Vaccination in the Punjab 1919-1929 - 1919-1929
Year: 1919
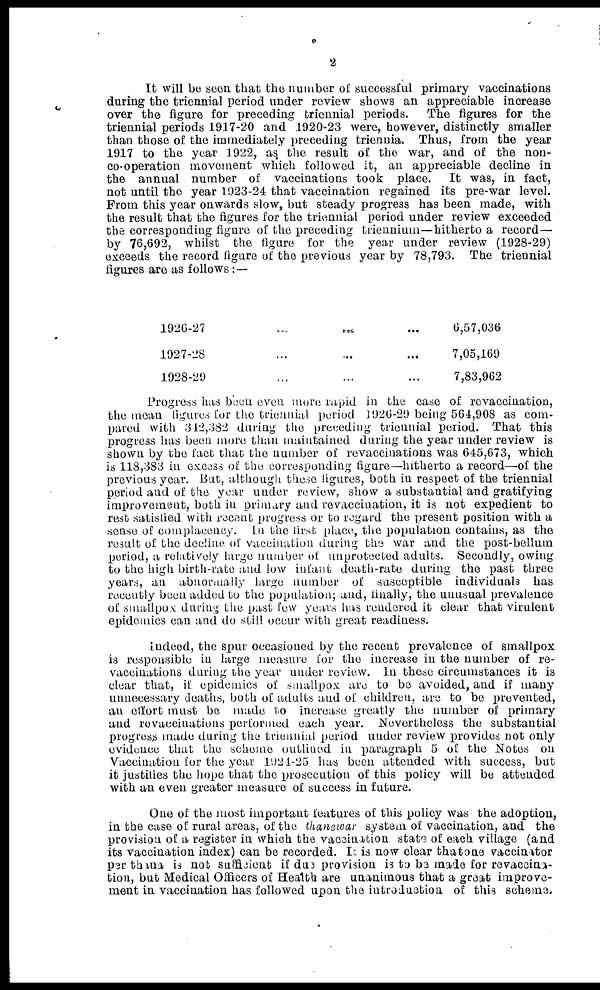
2
It will be seen that the number of successful primary vaccinations
during the triennial period under review shows an appreciable increase
over the figure for preceding triennial periods. The figures for the
triennial periods 1917-20 and 1920-23 were, however, distinctly smaller
than those of the immediately preceding triennia. Thus, from the year
1917 to the year 1922, as. the result of the war, and of the non-
co-operation movement which followed it, an appreciable decline in
the annual number of vaccinations took place. It was, in fact,
not until the year 1923-24 that vaccination regained its pre-war level.
From this year onwards slow, but steady progress has been made, with
the result that the figures for the triennial period under review exceeded
the corresponding figure of the preceding triennium—hitherto a record—
by 76,692, whilst the figure for the year under review (1928-29)
exceeds the record figure of the previous year by 78,793. The triennial
figures are as follows: —
1926-27 ... ... ...
1927-28 ... ... ...
1928-29 ... ... ...
6,57,036
7,05,169
7,83,962
Progress has been even more rapid in the case of revaccination,
the mean figures for the triennial period 1926-29 being 564,908 as com-
pared with 342,382 during the preceding triennial period. That this
progress has been more than maintained during the year under review is
shown by the fact that the number of revaccinations was 645,673, which
is 118,383 in excess of the corresponding figure—hitherto a record—of the
previous year. But, although these figures, both in respect of the triennial
period and of the year under review, show a substantial and gratifying
improvement, both in primary and revaccination, it is not expedient to
rest satisfied with recent progress or to regard the present position with a
sense of complacency. In the first place, the population contains, as the
result of the decline of vaccination during the war and the post-bellum
period, a relatively large number of unprotected adults. Secondly, owing
to the high birth-rate and low infant death-rate during the past three
years, an abnormally large number of susceptible individuals has
recently been added to the population; and, finally, the unusual prevalence
of smallpox during the past few years has rendered it clear that virulent
epidemics can and do still occur with great readiness.
Indeed, the spur occasioned by the recent prevalence of smallpox
is responsible in large measure for the increase in the number of re-
vaccinations during the year under review. In these circumstances it is
clear that, if epidemics of smallpox are to be avoided, and if many
unnecessary deaths, both of adults and of children, are to be prevented,
an effort must be made to increase greatly the number of primary
and revaccinations performed each year. Nevertheless the substantial
progress made during the triennial period under review provides not only
evidence that the scheme outlined in paragraph. 5 of the Notes on
Vaccination for the year 1924-25 has been attended with success, but
it justifies the hope that the prosecution of this policy will be attended
with an even greater measure of success in future.
One of the most important features of this policy was the adoption,
in the case of rural areas, of the thanewar system of vaccination, and the
provision of a register in which the vaccination state of each village (and
its vaccination index) can be recorded. It is now clear thatone vaccinator
per thana is not sufficient if due provision is to be made for revaccina-
tion, but Medical Officers of Health are unanimous that a great improve-
ment in vaccination has followed upon the introduction of this scheme.